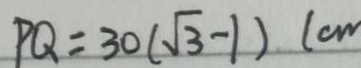
P Q = 3 0 ( \sqrt { 3 } - 1 ) ( c m